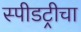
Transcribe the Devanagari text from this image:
स्पीडट्रीचा